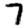
Digit: 7